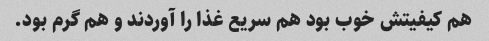
هم کیفیتش خوب بود هم سریع غذا را آوردند و هم گرم بود.